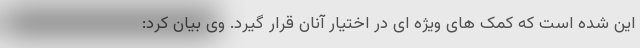
این شده است که کمک های ویژه ای در اختیار آنان قرار گیرد. وی بیان کرد: